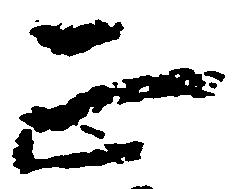
正